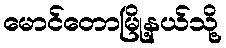
မောင်တောမြို့နယ်သို့